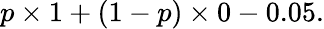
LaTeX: p\times 1+(1-p)\times 0-0.05.